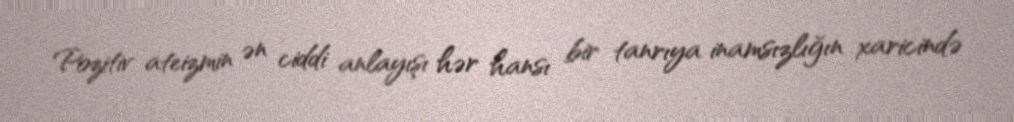
Pozitiv ateizmin ən ciddi anlayışı hər hansı bir tanrıya inamsızlığın xaricində